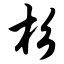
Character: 杉